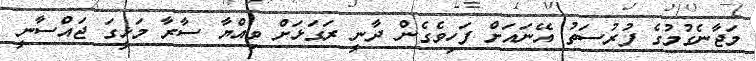
މަޖާނެގުމުގެ ފުރުސަތު އޭނައަށް ފަހިވެގެން ދާނީ ރަގަޅަށް ވިއްޔާ ސާރާ މަޅީގަ ޖައްސާނީ